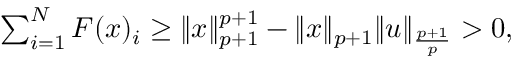
\begin{array} { r } { \sum _ { i = 1 } ^ { N } F ( { \boldsymbol x } ) _ { i } \geq \| { \boldsymbol x } \| _ { p + 1 } ^ { p + 1 } - \| { \boldsymbol x } \| _ { p + 1 } \| \boldsymbol { u } \| _ { \frac { p + 1 } { p } } > 0 , } \end{array}